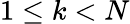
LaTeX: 1\le k<N